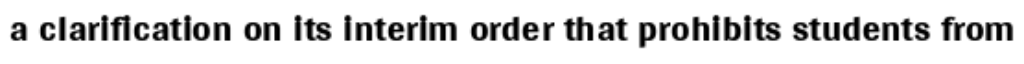
a clarification on its interim order that prohibits students from